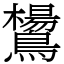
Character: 鸉